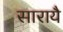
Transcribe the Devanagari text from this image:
सारायै